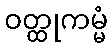
ဝတ္ထုကမ္မံ